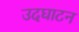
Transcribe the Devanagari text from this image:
उदघाटन